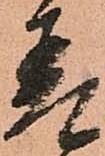
差